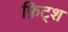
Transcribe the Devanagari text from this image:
फ़िट्श